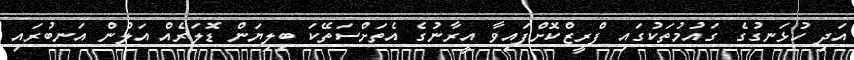
އަދި ހުޅަނގުގެ ގައުމުތަކުގައި ފްރީޒްކޮށްފައިވާ އީރާނުގެ އެތަށްސަތޭކަ ބިލިޔަން ޑޮލަރެއް އަލުން އަނބުރައި